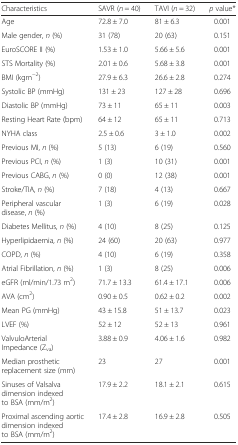
<table><thead><tr><td><b>Characteristics</b></td><td><b>SAVR (<i>n</i> = 40)</b></td><td><b>TAVI (<i>n</i> = 32)</b></td><td><b><i>p</i> value*</b></td></tr></thead><tbody><tr><td>Age</td><td>72.8 ± 7.0</td><td>81 ± 6.3</td><td>0.001</td></tr><tr><td>Male gender, <i>n</i> (%)</td><td>31 (78)</td><td>20 (63)</td><td>0.151</td></tr><tr><td>EuroSCORE II (%)</td><td>1.53 ± 1.0</td><td>5.66 ± 5.6</td><td>0.001</td></tr><tr><td>STS Mortality (%)</td><td>2.01 ± 0.6</td><td>5.68 ± 3.8</td><td>0.001</td></tr><tr><td>BMI (kgm<sup>−2</sup>)</td><td>27.9 ± 6.3</td><td>26.6 ± 2.8</td><td>0.274</td></tr><tr><td>Systolic BP (mmHg)</td><td>131 ± 23</td><td>127 ± 28</td><td>0.696</td></tr><tr><td>Diastolic BP (mmHg)</td><td>73 ± 11</td><td>65 ± 11</td><td>0.003</td></tr><tr><td>Resting Heart Rate (bpm)</td><td>64 ± 12</td><td>65 ± 11</td><td>0.713</td></tr><tr><td>NYHA class</td><td>2.5 ± 0.6</td><td>3 ± 1.0</td><td>0.002</td></tr><tr><td>Previous MI, <i>n</i> (%)</td><td>5 (13)</td><td>6 (19)</td><td>0.560</td></tr><tr><td>Previous PCI, <i>n</i> (%)</td><td>1 (3)</td><td>10 (31)</td><td>0.001</td></tr><tr><td>Previous CABG, <i>n</i> (%)</td><td>0 (0)</td><td>12 (38)</td><td>0.001</td></tr><tr><td>Stroke/TIA, <i>n</i> (%)</td><td>7 (18)</td><td>4 (13)</td><td>0.667</td></tr><tr><td>Peripheral vascular disease, <i>n</i> (%)</td><td>1 (3)</td><td>6 (19)</td><td>0.028</td></tr><tr><td>Diabetes Mellitus, <i>n</i> (%)</td><td>4 (10)</td><td>8 (25)</td><td>0.125</td></tr><tr><td>Hyperlipidaemia, <i>n</i> (%)</td><td>24 (60)</td><td>20 (63)</td><td>0.977</td></tr><tr><td>COPD, <i>n</i> (%)</td><td>4 (10)</td><td>6 (19)</td><td>0.358</td></tr><tr><td>Atrial Fibrillation, <i>n</i> (%)</td><td>1 (3)</td><td>8 (25)</td><td>0.006</td></tr><tr><td>eGFR (ml/min/1.73 m<sup>2</sup>)</td><td>71.7 ± 13.3</td><td>61.4 ± 17.1</td><td>0.006</td></tr><tr><td>AVA (cm<sup>2</sup>)</td><td>0.90 ± 0.5</td><td>0.62 ± 0.2</td><td>0.002</td></tr><tr><td>Mean PG (mmHg)</td><td>43 ± 15.8</td><td>51 ± 13.7</td><td>0.023</td></tr><tr><td>LVEF (%)</td><td>52 ± 12</td><td>52 ± 13</td><td>0.961</td></tr><tr><td>ValvuloArterial Impedance (Z<sub>va</sub>)</td><td>3.88 ± 0.9</td><td>4.06 ± 1.6</td><td>0.982</td></tr><tr><td>Median prosthetic replacement size (mm)</td><td>23</td><td>27</td><td>0.001</td></tr><tr><td>Sinuses of Valsalva dimension indexed to BSA (mm/m<sup>2</sup>)</td><td>17.9 ± 2.2</td><td>18.1 ± 2.1</td><td>0.615</td></tr><tr><td>Proximal ascending aortic dimension indexed to BSA (mm/m<sup>2</sup>)</td><td>17.4 ± 2.8</td><td>16.9 ± 2.8</td><td>0.505</td></tr></tbody></table>